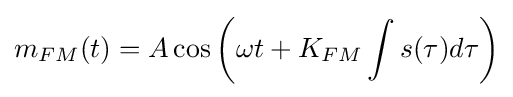
m_{FM}(t)=A\cos \left(\omega t+K_{FM}\int s(\tau )d\tau \right)